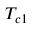
T _ { c 1 }